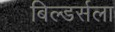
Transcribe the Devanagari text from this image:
बिल्डर्सला